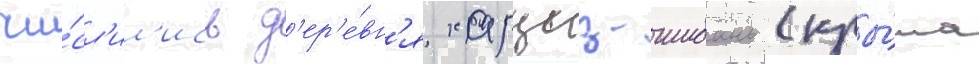
чи́сл'ил'ись д'ер'е́вн'я харцыз-шибань (кры́ма